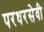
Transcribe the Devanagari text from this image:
परधरसेवी